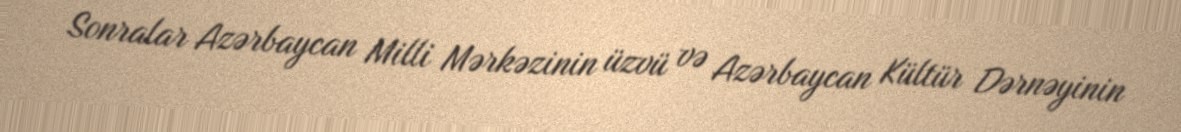
Sonralar Azərbaycan Milli Mərkəzinin üzvü və Azərbaycan Kültür Dərnəyinin